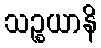
သဉ္စယာနိ